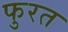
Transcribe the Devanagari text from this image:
फुरत